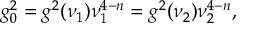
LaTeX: g _ { 0 } ^ { 2 } = g ^ { 2 } ( \nu _ { 1 } ) \nu _ { 1 } ^ { 4 - n } = g ^ { 2 } ( \nu _ { 2 } ) \nu _ { 2 } ^ { 4 - n } ,